Problem: 3 × 2 = ?
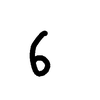
Handwritten answer: 6